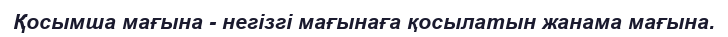
Қосымша мағына - негізгі мағынаға қосылатын жанама мағына.